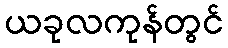
ယခုလကုန်တွင်